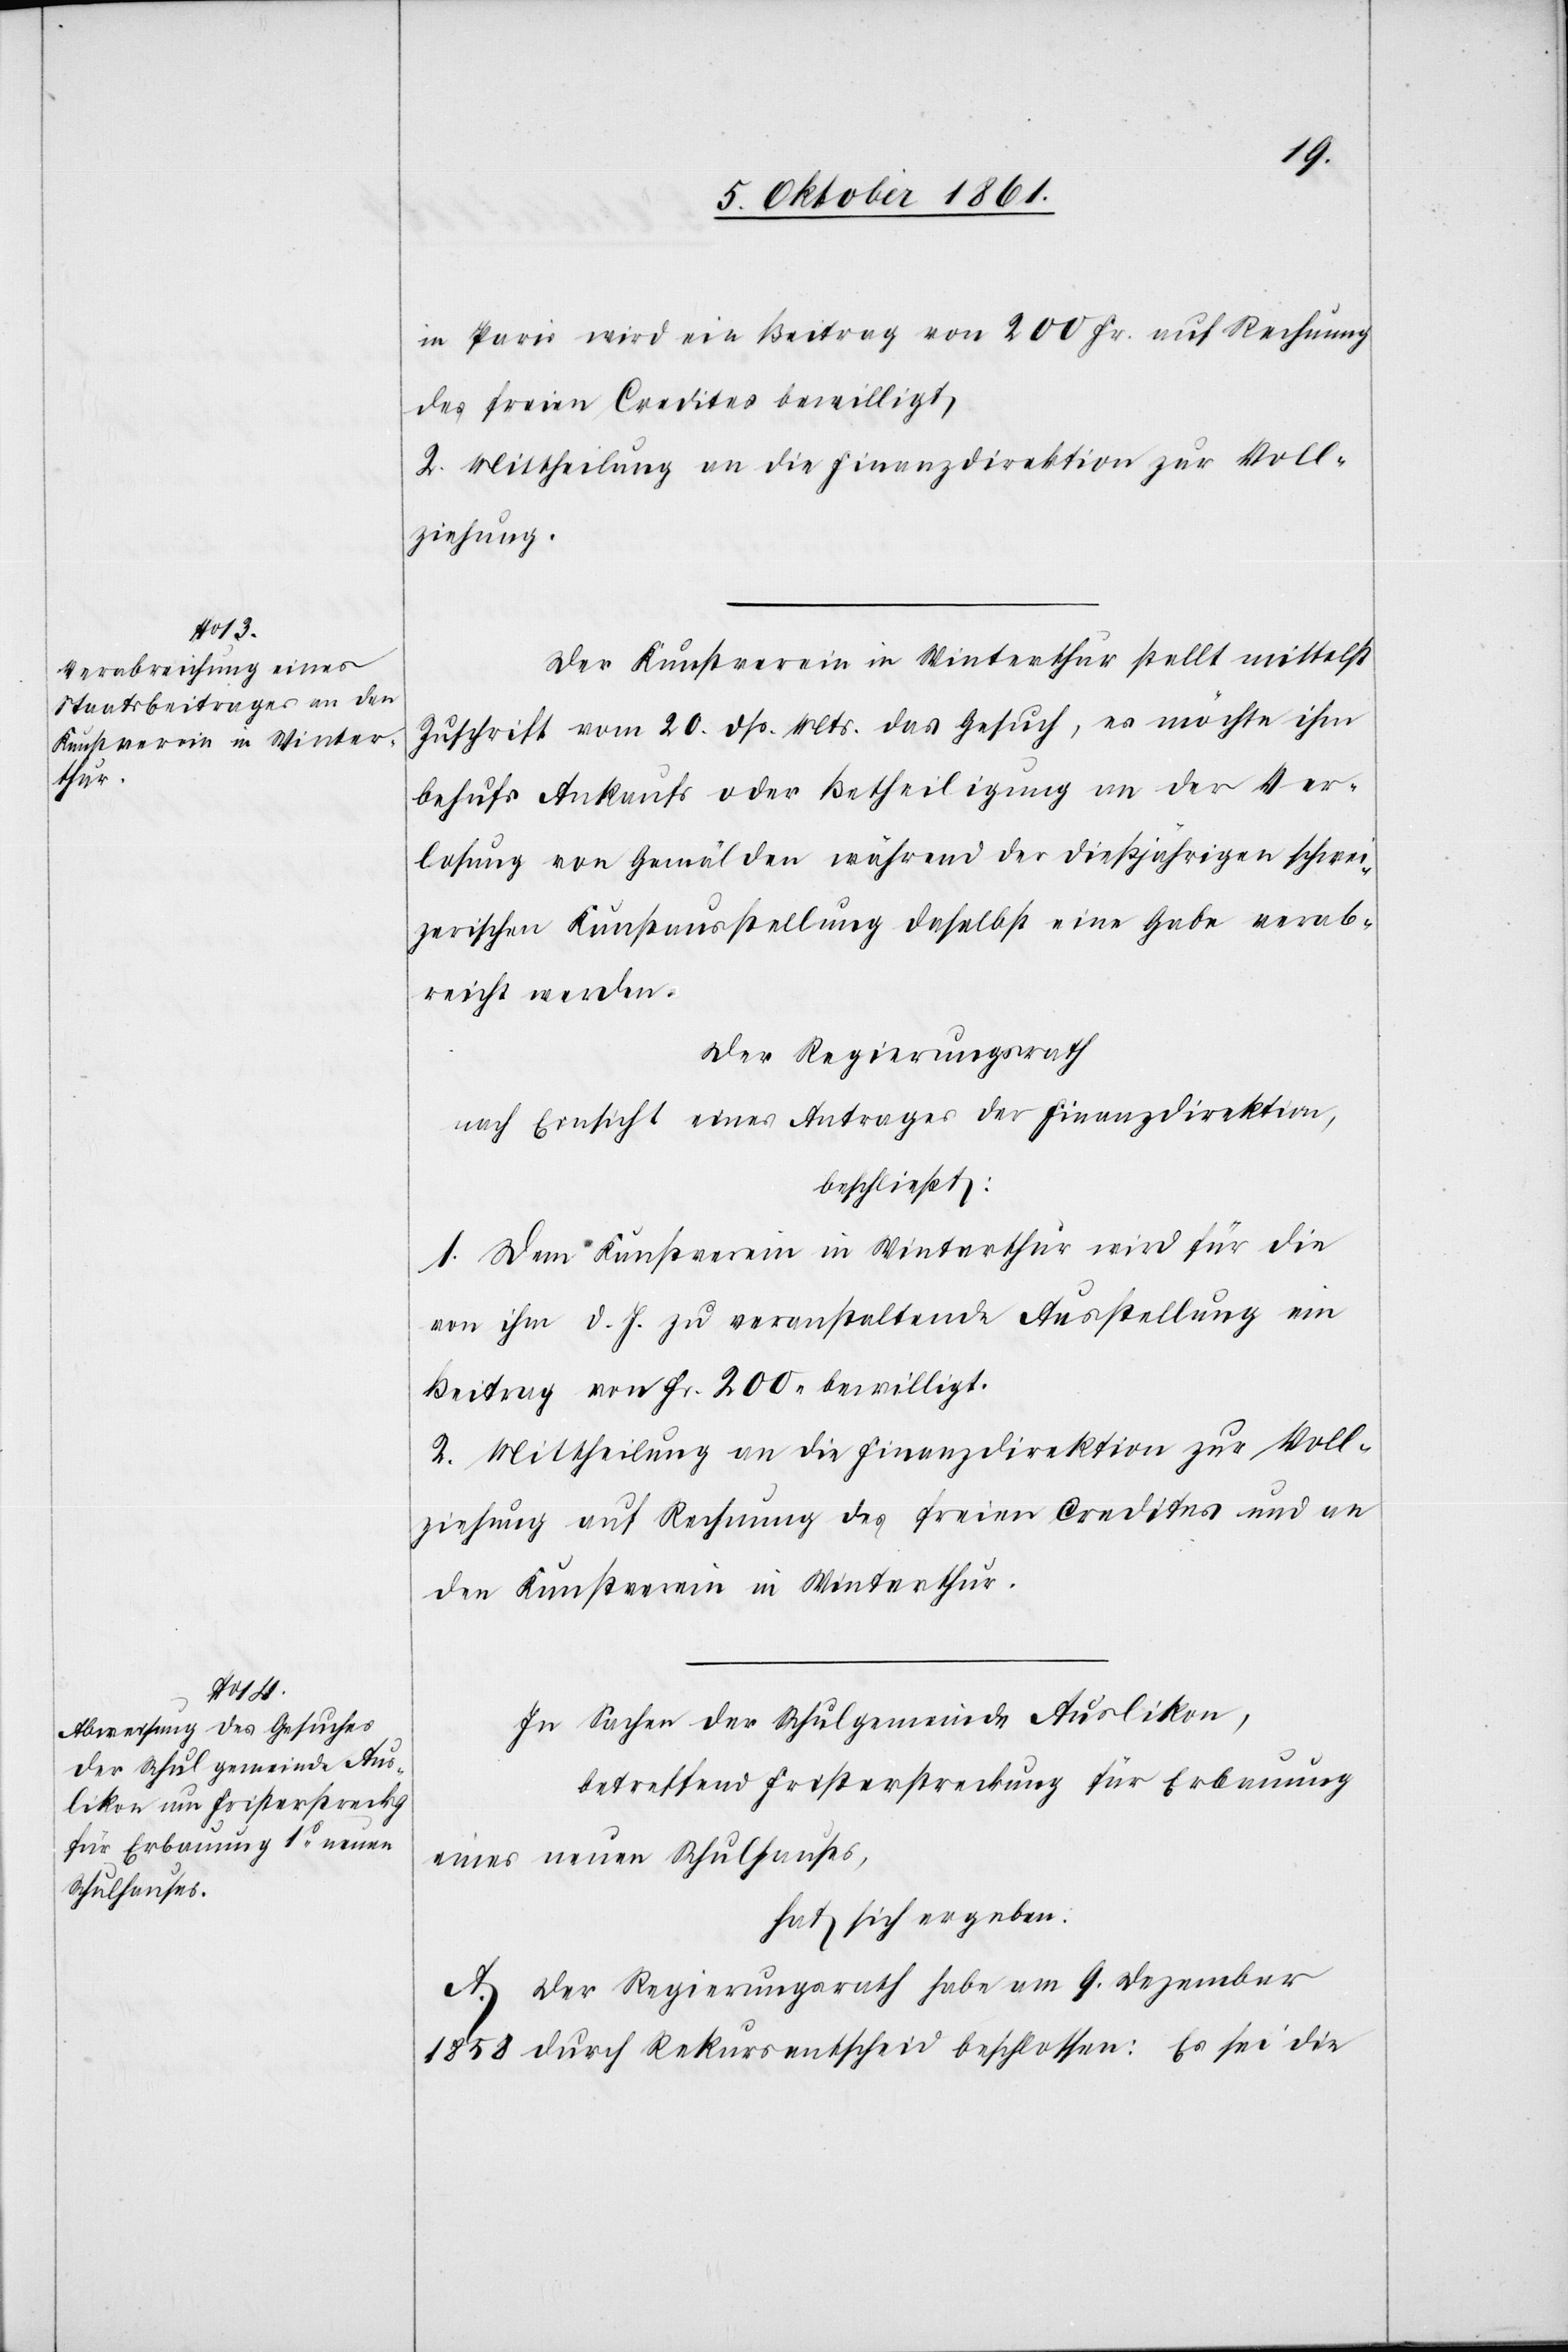
in Paris wird ein Beitrag von 200 Fr. auf Rechnung
2. Mittheilung an die Finanzdirektion zur Voll¬
ziehung.
Der Kunstverein in Winterthur stellt mittelst
Zuschrift vom 20 dß. Mts. das Gesuch, es möchte ihm
behufs Ankaufs oder Betheiligung an der Ver¬
losung von Gemälden während der dießjährigen schwei¬
zerischen Kunstausstellung daselbst eine Gabe verab¬
reicht werden.
Der Regierungsrath
nach Einsicht eines Antrages der Finanzdirektion,
beschließt:
1. Dem Kunstverein in Winterthur wird für die
von ihm d. J. zu veranstaltenden Ausstellung ein
Beitrag von Fr. 200 bewilligt.
2. Mittheilung an die Finanzdirektion zur Voll¬
ziehung auf Rechnung des freien Credites und an
den Kunstverein in Winterthur.
In Sachen der Schulgemeinde Auslikon,
betreffend Fristerstreckung für Erbauung
eines neuen Schulhauses,
hat sich ergeben.
A. Der Regierungsrath habe am 9 December
1858 durch Rekursentscheid beschlossen: Es sei die